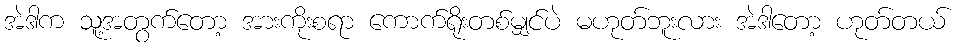
အဲဒါက သူ့အတွက်တော့ အားကိုးစရာ ကောက်ရိုးတစ်မျှင်ပဲ မဟုတ်ဘူးလား အဲဒါတော့ ဟုတ်တယ်